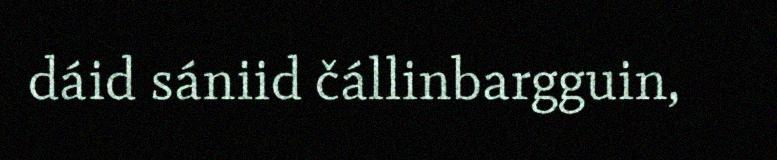
dáid sániid čállinbargguin,